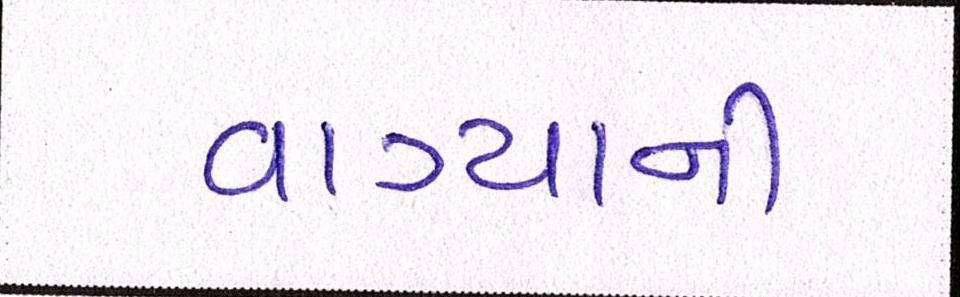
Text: વાગ્યાની